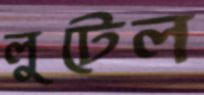
লুটেল